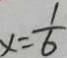
x = \frac { 1 } { 6 }